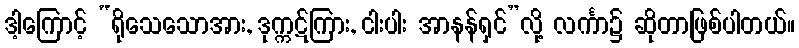
ဒါ့ကြောင့် “ရိုသေသောအား, ဒုက္ကဋ်ကြား, ငါးပါး အာနန်ရှင်”လို့ လင်္ကာ၌ ဆိုတာဖြစ်ပါတယ်။